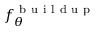
f _ { \theta } ^ { \mathrm { ~ b ~ u ~ i ~ l ~ d ~ u ~ p ~ } }